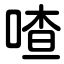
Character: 喳